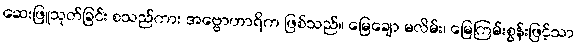
ဆေးဖြူသုတ်ခြင်း စသည်ကား အဗ္ဗောဟာရိက ဖြစ်သည်။ မြေချော မလိမ်း၊ မြေကြမ်းစွန်းဖြင့်သာ